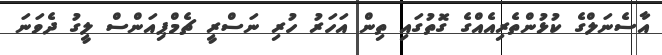
އާސެނަލްގެ ކުޅުންތެރިއެއްގެ ގޮތުގައި ތިން އަހަރު ހުރި ނަސްރީ ޗެމްޕިއަންސް ލީގު ދެވަނަ